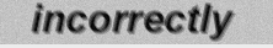
incorrectly